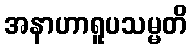
အနာဟာရူပသမ္မတိ